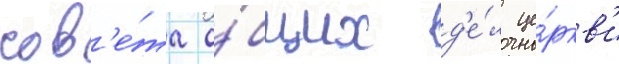
сов'е́та о́бщих д'е́л це́ркв'и